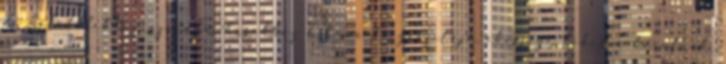
de halételekhez, szárnyas-húsokhoz kitűnő kiegészítője, ékessége lehet a köretnek.